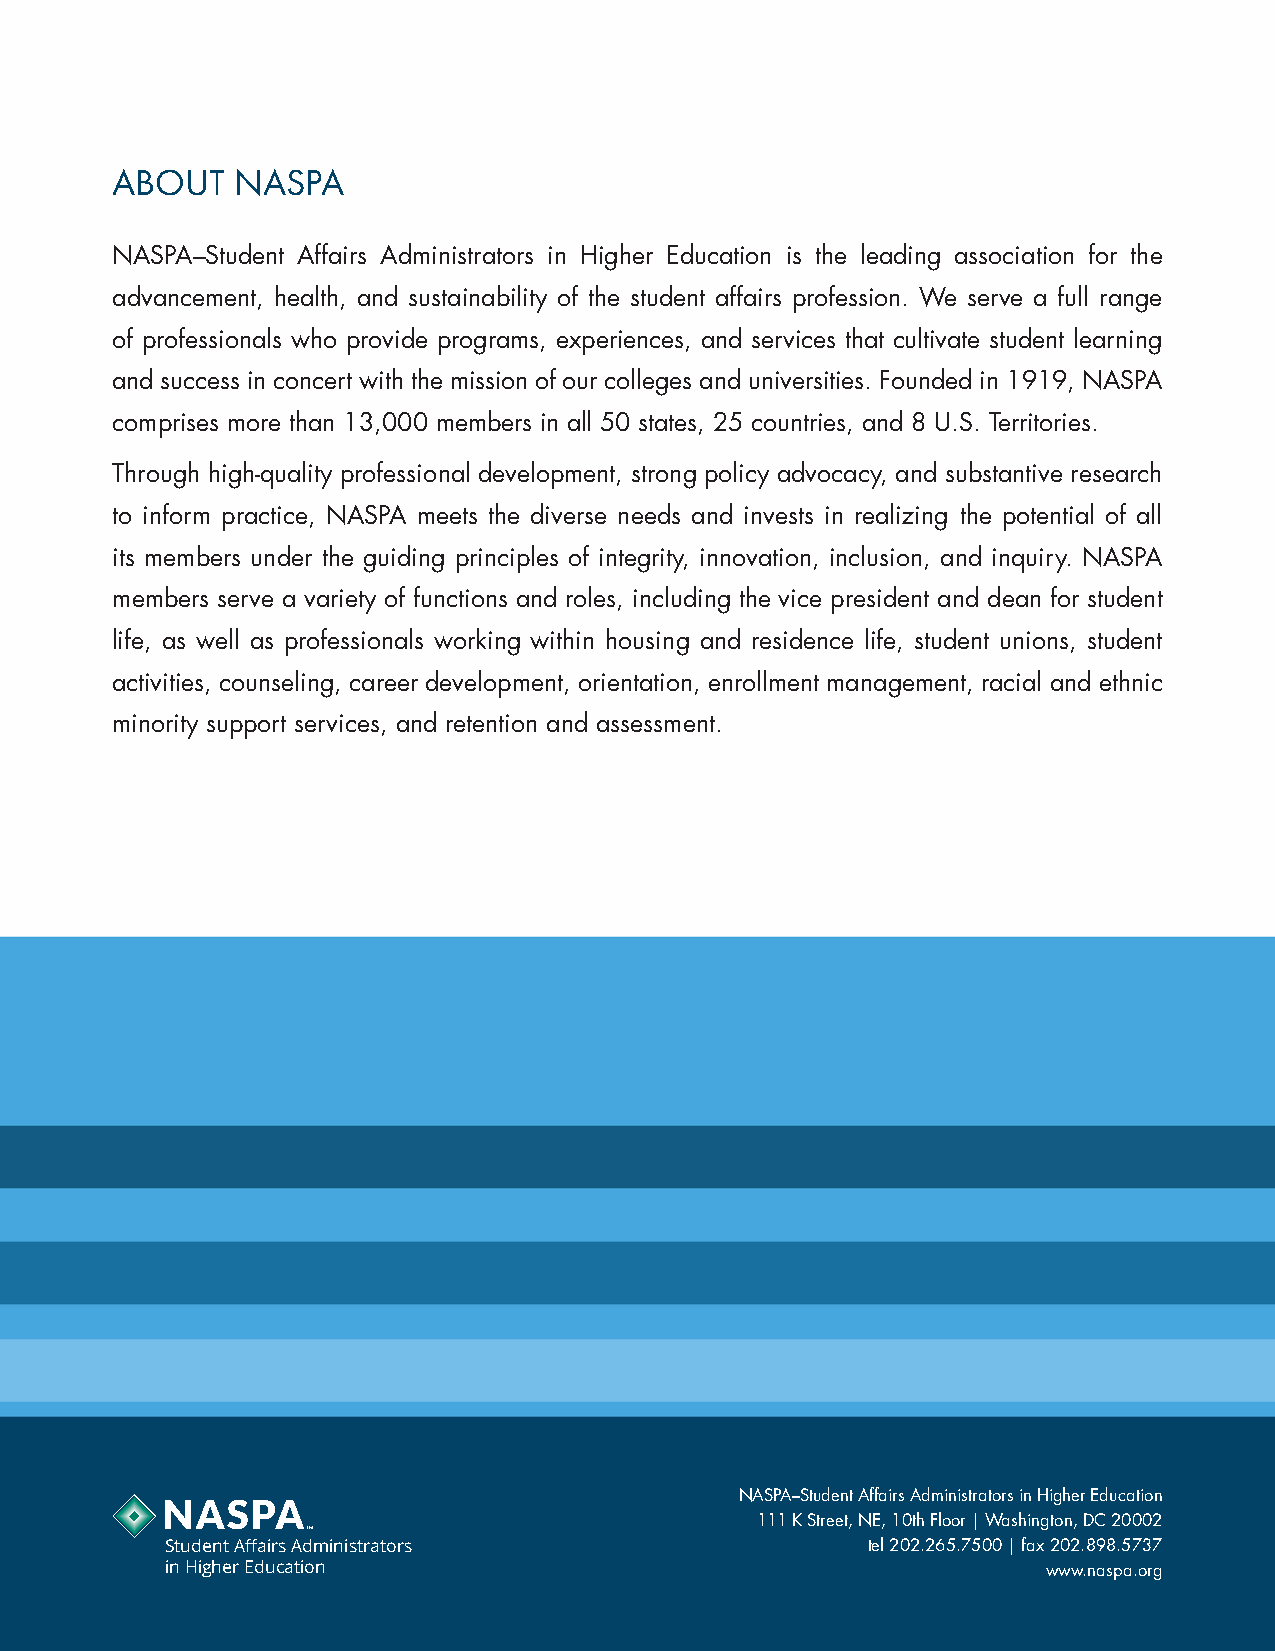
ABOUT    NASPA
 NASPA–Student Affairs Administrators in Higher Education is the leading association for the
 advancement, health, and sustainability of the student affairs profession. We serve a full range
 of professionals who provide programs, experiences, and services that cultivate student learning
 and success in concert with the mission of our colleges and universities. Founded in 1919, NASPA
 comprises more than 13,000 members in all 50 states, 25 countries, and 8 U.S. Territories.
 Through high-quality professional development, strong policy advocacy, and substantive research
 to inform practice, NASPA meets the diverse needs and invests in realizing the potential of all
 its members under the guiding principles of integrity, innovation, inclusion, and inquiry. NASPA
 members serve a variety of functions and roles, including the vice president and dean for student
 life, as well as professionals working within housing and residence life, student unions, student
 activities, counseling, career development, orientation, enrollment management, racial and ethnic
 minority support services, and retention and assessment.
 NASPA–Student Affairs Administrators in Higher Education
 111 K Street, NE, 10th Floor | Washington, DC 20002
 ™
 Student Affairs Administrators                tel 202.265.7500 | fax 202.898.5737
 in Higher Education                                       www.naspa.org